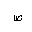
Letter: _sad